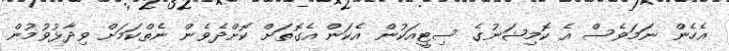
އެހެން ނަމަވެސް އެ ކޮމިޝަނުގެ ސިޓީއަކުން އެކަން އެގޮތަށް ކޮށްދެވެން ނެތްކަމަށް ވިދާޅުވުމުން